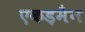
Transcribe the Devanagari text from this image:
एकड़मैन